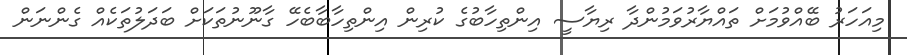
މިއަހަރު ބޭއްވުމަށް ތައްޔާރުވަމުންދާ ރިޔާސީ އިންތިހާބުގެ ކުރިން އިންތިހާބާބެހޭ ގާނޫނުތަކަށް ބަދަލުތަކެއް ގެންނަން